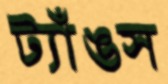
ট্যাঁঙস